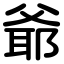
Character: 爺